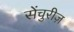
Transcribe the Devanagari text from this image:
सेंचुरीज़